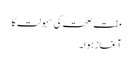
مفت صحت کی سہولت کا
آغاز ہوا۔